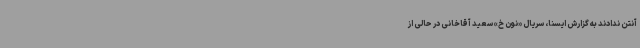
آنتن ندادند به گزارش ایسنا، سریال «نون خ» سعید آقاخانی در حالی از